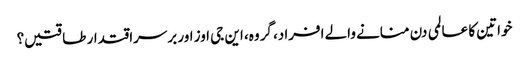
خواتین کا عالمی دن منانے والے افراد، گروہ، این جی اوز اور برسراقتدار طاقتیں؟